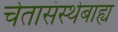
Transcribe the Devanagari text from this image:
चेतासंस्थेबाह्य